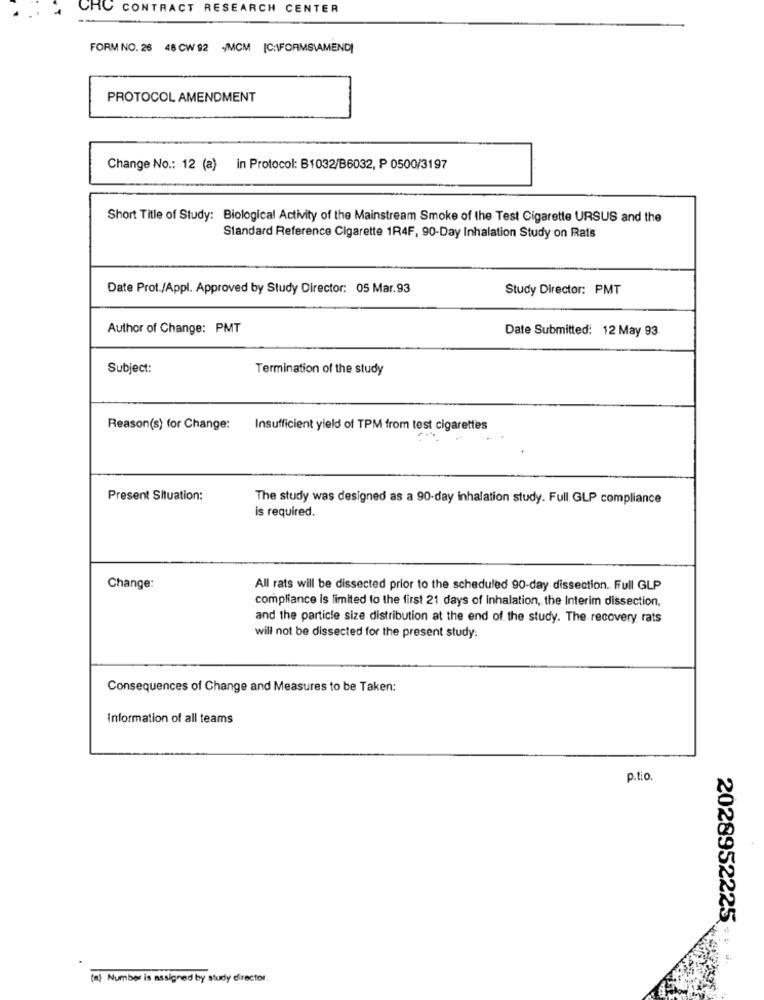
CRC CONTRACT RESEARCH CENTER
FORM NO. 26 48 CW 92 /MCM [C:\FORMSIAMEND)
PROTOCOL AMENDMENT
Change No .: 12 (a) in Protocol: B1032/B6032, P 0500/3197
Short Title of Study: Biological Activity of the Mainstream Smoke of the Test Cigarette URSUS and the
Standard Reference Cigarette 1R4F, 90-Day Inhalation Study on Rats
Date Prot./Appl. Approved by Study Director: 05 Mar.93
Study Director: PMT
Author of Change: PMT
Date Submitted: 12 May 93
Subject:
Termination of the study
Reason(s) for Change:
Insufficient yield of TPM from test cigarettes
Present Situation:
The study was designed as a 90-day inhalation study. Full GLP compliance
is required.
Change:
All rats will be dissected prior to the scheduled 90-day dissection. Full GLP
compliance is limited to the first 21 days of Inhalation, the Interim dissection,
and the particle size distribution at the end of the study. The recovery rats
will not be dissected for the present study:
Consequences of Change and Measures to be Taken:
Information of all teams
p.t.o.
2028952225
(a) Number is assigned by study director.